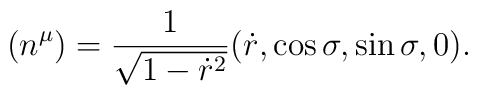
(n^{\mu})=\frac{1}{\sqrt{1-\dot{r}^{2}}}(\dot{r}, \cos{\sigma},\sin{\sigma}, 0).